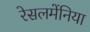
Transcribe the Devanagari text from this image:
रेसलमेंनिया